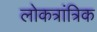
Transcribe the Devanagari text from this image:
लोकत्रांत्रिक